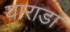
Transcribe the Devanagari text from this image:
याराडा